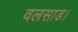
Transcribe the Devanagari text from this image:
वलसाड।